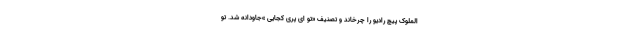
الملوک پیچ رادیو را چرخاند و تصنیف «تو ای پری کجایی »جاودانه شد. تو